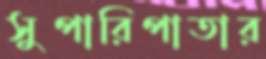
সুপারিপাতার